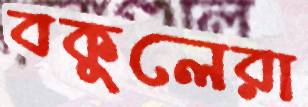
বকুলেরা